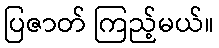
ပြဇာတ် ကြည့်မယ်။